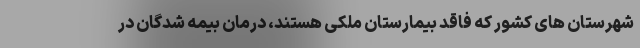
شهرستان های کشور که فاقد بیمارستان ملکی هستند، درمان بیمه شدگان در